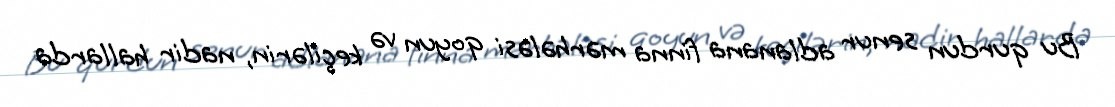
Bu qurdun senur adlanana finna mərhələsi qoyun və keçilərin, nadir hallarda